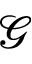
\mathcal { G }